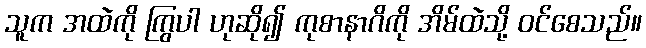
သူက အထဲကို ကြွပါ ဟုဆို၍ ကုစာနာဂိကို အိမ်ထဲသို့ ဝင်စေသည်။